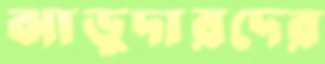
ঝাড়ুদারদের